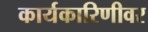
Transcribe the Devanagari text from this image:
कार्यकारिणीवर